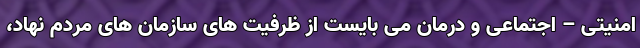
امنیتی – اجتماعی و درمان می بایست از ظرفیت های سازمان های مردم نهاد،